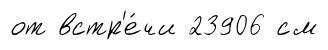
от встр'е́чи 23906 см